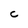
Character: C